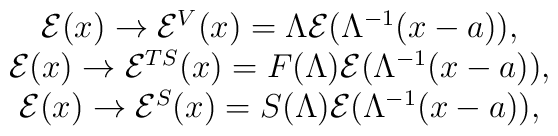
\begin{array}{c}\mathcal{E}(x)\rightarrow \mathcal{E}^V(x)=\Lambda \mathcal{E}(\Lambda^{-1}(x-a)), \\\mathcal{E}(x)\rightarrow \mathcal{E}^{TS}(x)=F(\Lambda )\mathcal{E}(\Lambda^{-1}(x-a)), \\\mathcal{E}(x)\rightarrow \mathcal{E}^S(x)=S(\Lambda )\mathcal{E}(\Lambda^{-1}(x-a)),\end{array}